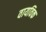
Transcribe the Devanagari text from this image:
वायविक